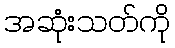
အဆုံးသတ်ကို